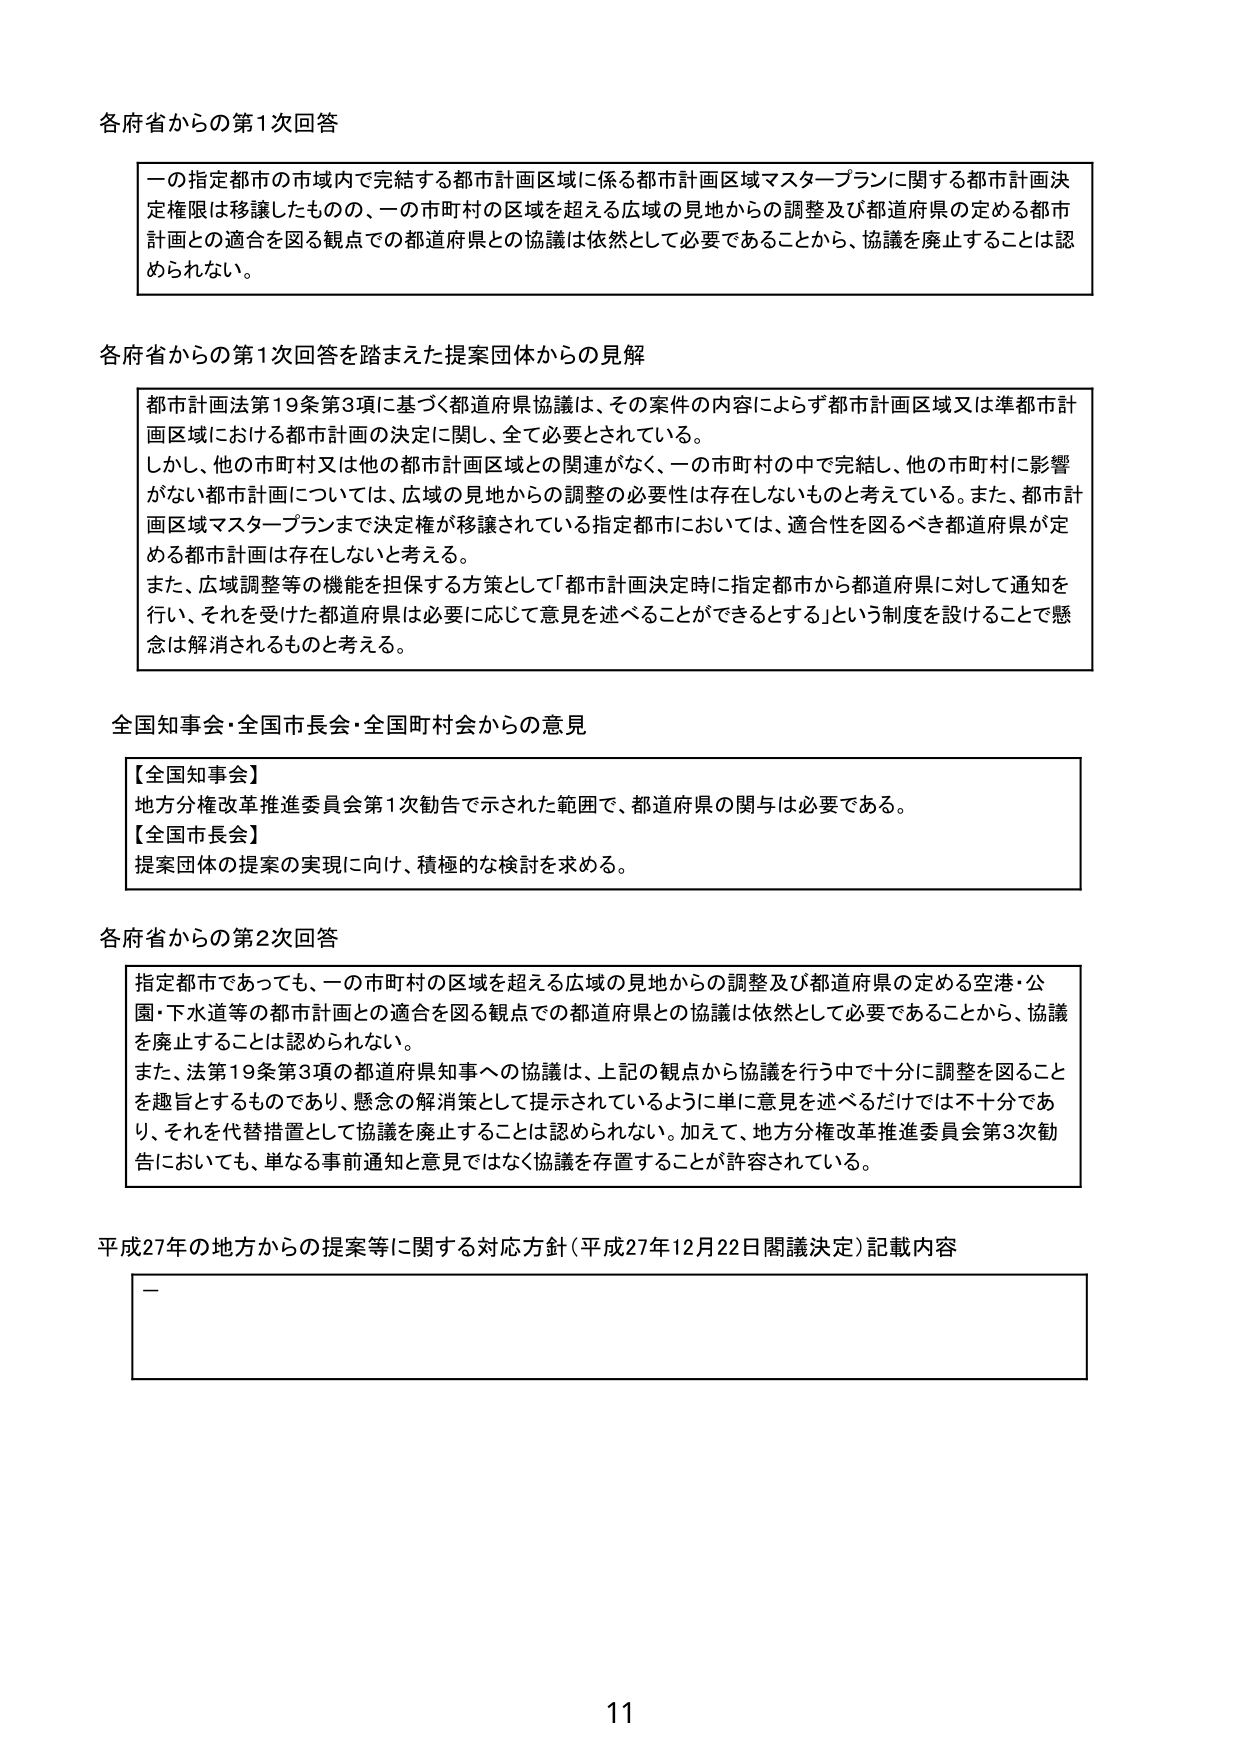
各府省からの第1次回答

一の指定都市の市域内で完結する都市計画区域に係る都市計画区域マスタープランに関する都市計画決定権限は移譲したもの、一の市町村の区域を超える広域の見地からの調整及び都道府県の定める都市計画との適合を図る観点での都道府県との協議は依然として必要であることから、協議を廃止することは認められない。

各府省からの第1次回答を踏まえた提案団体からの見解

都市計画法第19条第3項に基づく都道府県協議は、その案件の内容によらず都市計画区域又は準都市計画区域における都市計画の決定に関し、全て必要とされている。
しかし、他の市町村又は他の都市計画区域との関連がなく、一の市町村の中で完結し、他の市町村に影響がない都市計画については、広域の見地からの調整の必要性は存在しないものと考えている。また、都市計画区域マスタープランまで決定権が移譲されている指定都市においては、適合性を図るべき都道府県が定める都市計画は存在しないと考える。
また、広域調整等の機能を担保する方策として「都市計画決定時に指定都市から都道府県に対して通知を行い、それを受けた都道府県は必要に応じて意見を述べることができるとする」という制度を設けることで懸念は解消されるものと考える。

全国知事会・全国市長会・全国町村会からの意見

【全国知事会】
地方分権改革推進委員会第1次勧告で示された範囲で、都道府県の関与は必要である。
【全国市長会】
提案団体の提案の実現に向け、積極的な検討を求める。

各府省からの第2次回答

指定都市であっても、一の市町村の区域を超える広域の見地からの調整及び都道府県の定める空港・公園・下水道等の都市計画との適合を図る観点での都道府県との協議は依然として必要であることから、協議を廃止することは認められない。
また、法第19条第3項の都道府県知事への協議は、上記の観点から協議を行う中で十分に調整を図ることを趣旨とするものであり、懸念の解消策として提示されているように単に意見を述べるだけでは不十分であり、それを代替措置として協議を廃止することは認められない。加えて、地方分権改革推進委員会第3次勧告においても、単なる事前通知と意見ではなく協議を存置することが許容されている。

平成27年の地方からの提案等に関する対応方針（平成27年12月22日閣議決定）記載内容

—

11